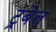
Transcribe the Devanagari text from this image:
ट्रंबेल